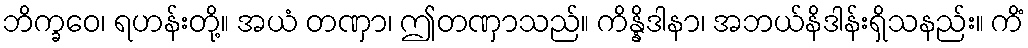
ဘိက္ခဝေ၊ ရဟန်းတို့။ အယံ တဏှာ၊ ဤတဏှာသည်။ ကိန္နိဒါနာ၊ အဘယ်နိဒါန်းရှိသနည်း။ ကိံ